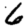
Digit: 6